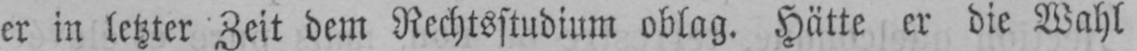
er in letzter Zeit dem Rechtsstudium oblag. Hätte er die Wahl